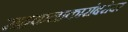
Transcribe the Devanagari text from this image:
सहकलाकारांबरोबर